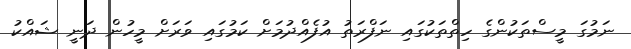
ނަމުގަ މީސްތަކުންގެ ހިތްތަކުގައި ނަފްރަތު އުފެއްދުމަށް ކަމުގައި ވަރަށް މީހުން ދަނީ ޝައްކު